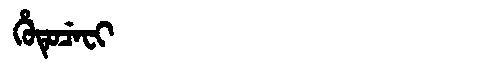
Manchu: ᡥᡠᡨᡠᠴᡝᠸᡳ
Romanization: HUTUCEFI